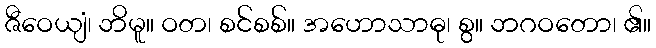
ဇီဝေယျံ၊ ဘိမူ။ ဝတ၊ စင်စစ်။ အဟောသာဓု၊ စွ။ ဘဂဝတော၊ ၏။